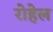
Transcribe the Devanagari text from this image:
रोहेल